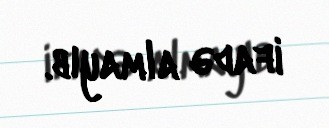
ifadə almayıb.